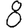
Digit: 8